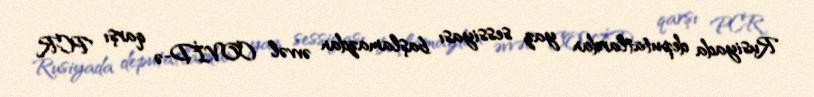
Rusiyada deputatlardan yaz sessiyası başlamazdan əvvəl COVİD-ə qarşı PCR